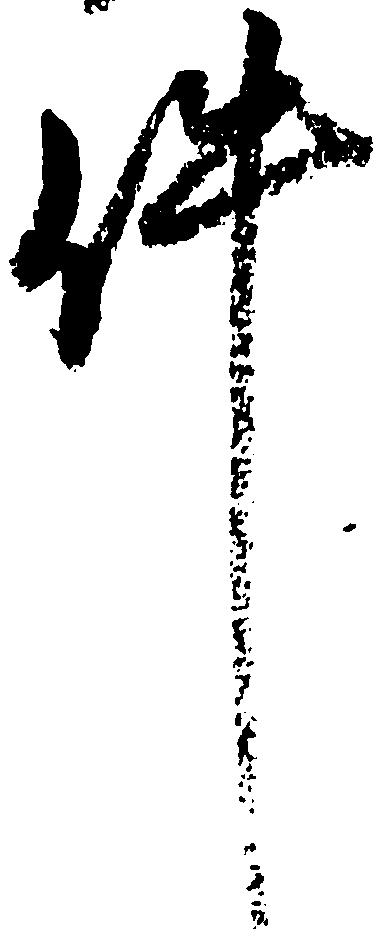
件